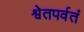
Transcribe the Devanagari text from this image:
श्वेतपर्वतं